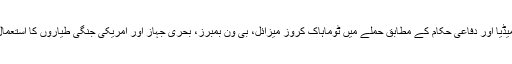
امریکی میڈیا اور دفاعی حکام کے مطابق حملے میں ٹوماہاک کروز میزائل، بی ون بمبرز، بحری جہاز اور امریکی جنگی طیاروں کا استعمال کیا گیا۔